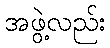
အဖွဲ့လည်း